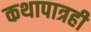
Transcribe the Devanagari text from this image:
कथापात्रही